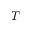
T